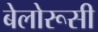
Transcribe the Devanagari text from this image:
बेलोरूसी